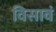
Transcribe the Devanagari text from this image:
विसावं